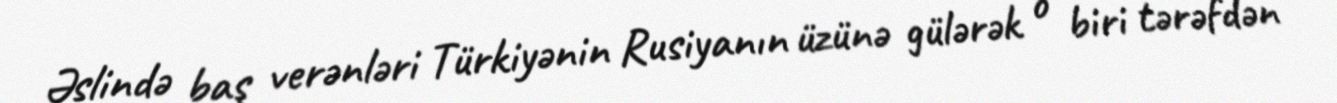
Əslində baş verənləri Türkiyənin Rusiyanın üzünə gülərək o biri tərəfdən